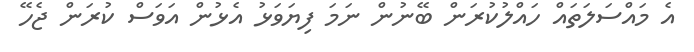
އެ މައްސަލަތައް ހައްލުކުރަން ބޭނުން ނަމަ ފިޔަވަޅު އެޅުން އަވަސް ކުރަން ޖެހޭ